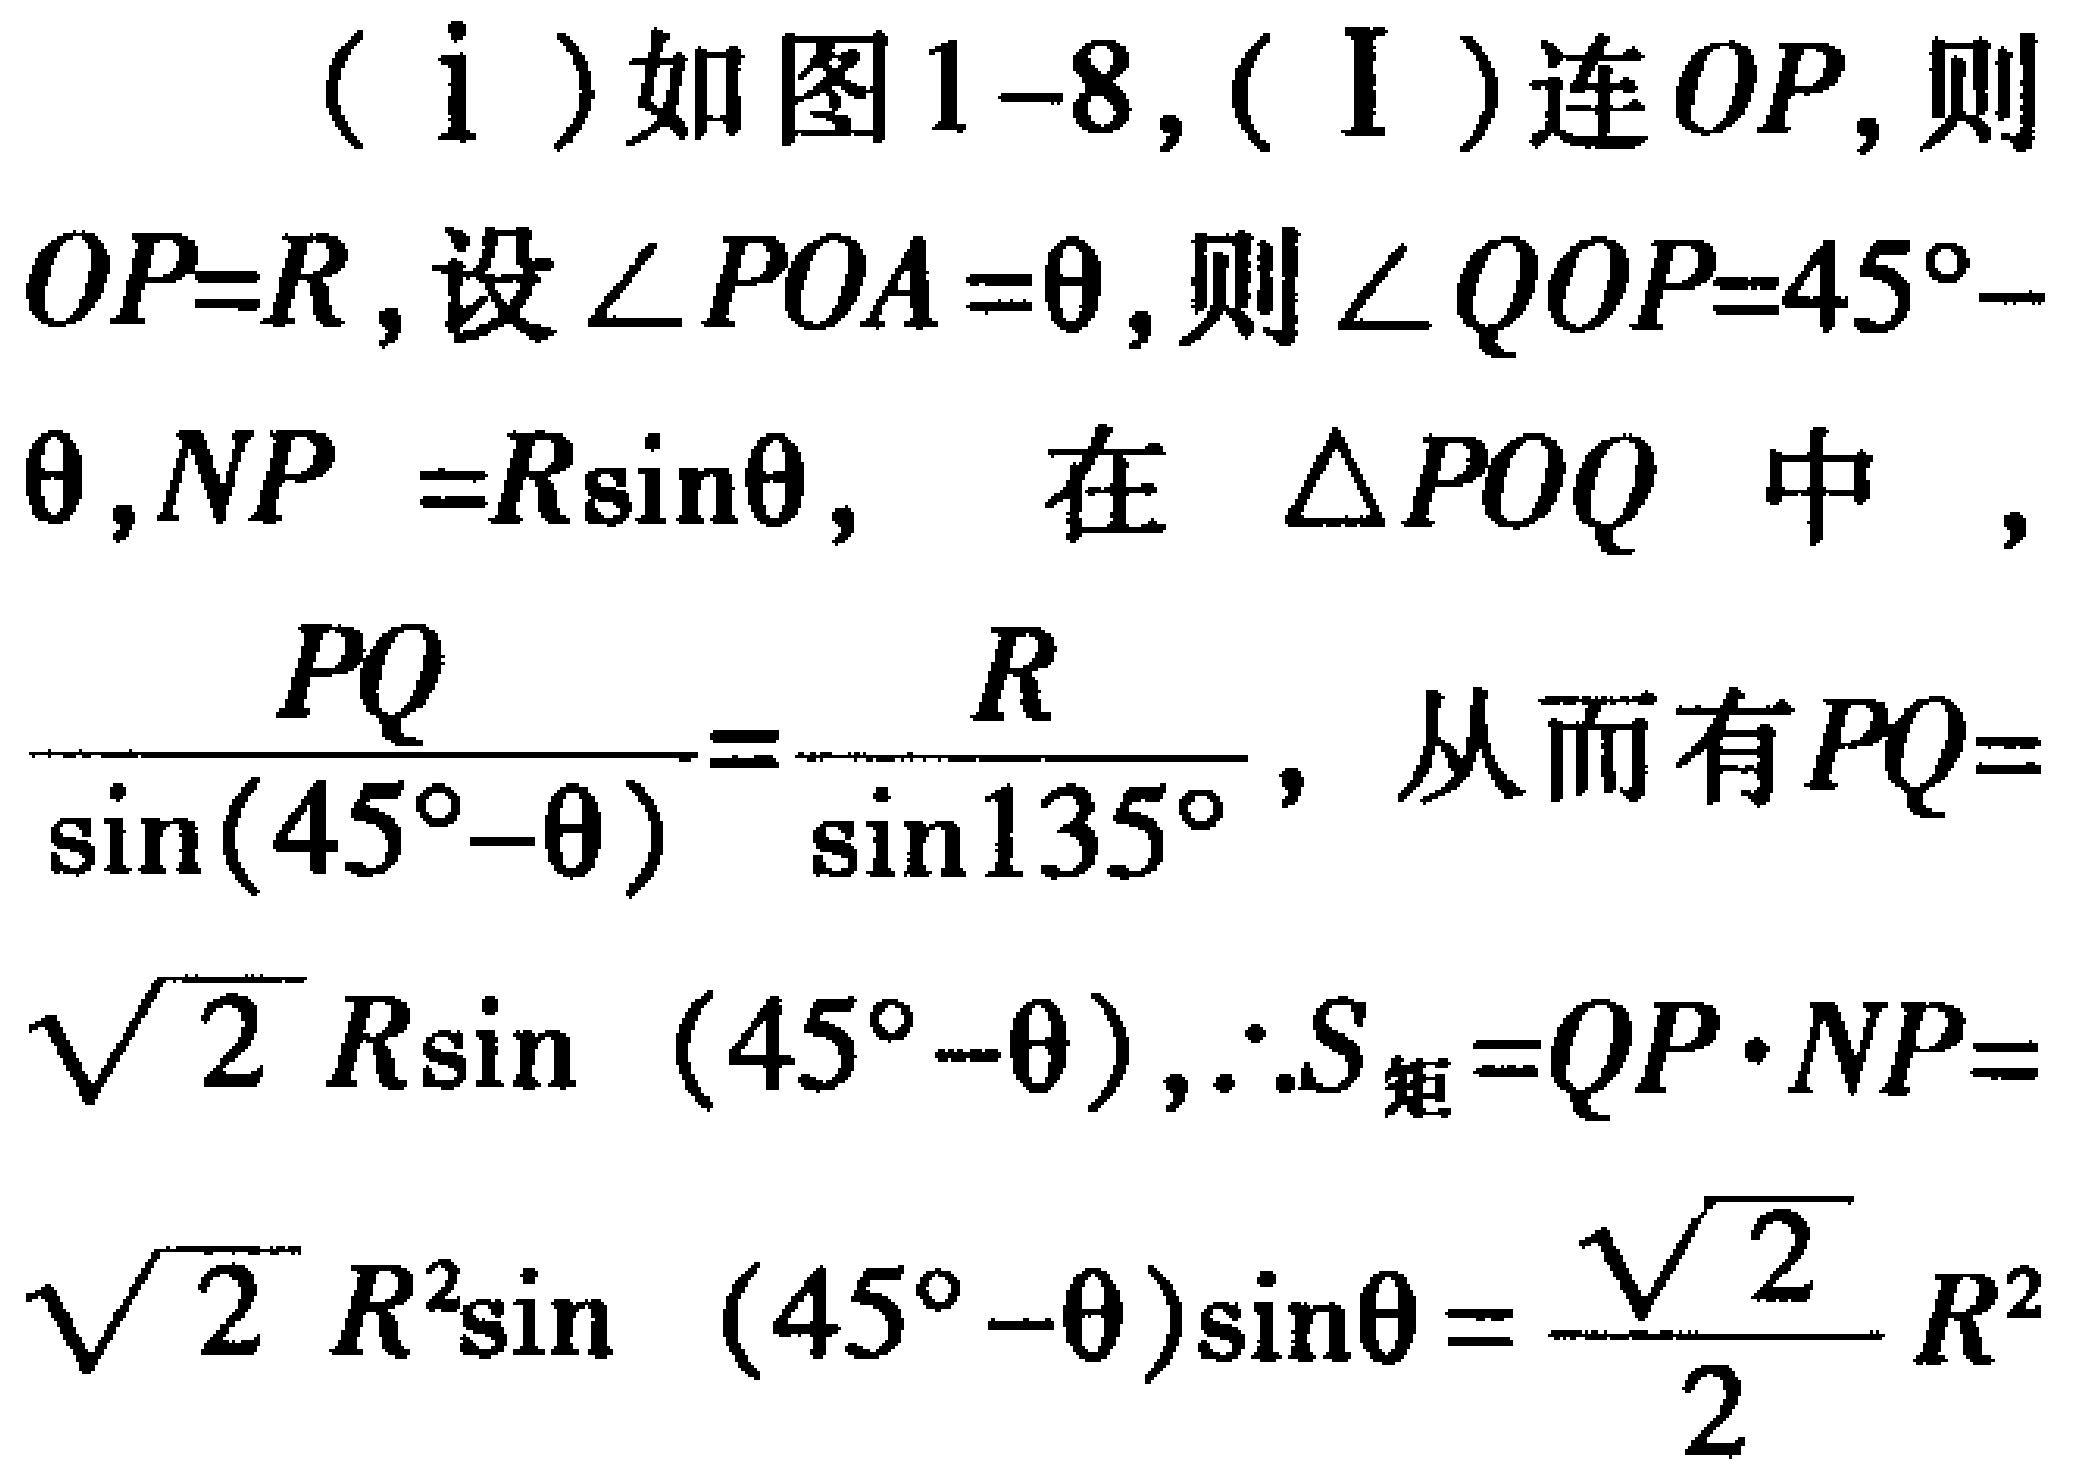
（i）如图1-8,（I）连\(OP\)，则\(OP = R\)，设\(\angle POA=\theta\)，则\(\angle QOP = 45^{\circ}-\theta\)，\(NP = R\sin\theta\)，在\(\triangle POQ\)中，\(\frac{PQ}{\sin(45^{\circ}-\theta)}=\frac{R}{\sin135^{\circ}}\)，从而有\(PQ = \sqrt{2}R\sin(45^{\circ}-\theta)\)，\(\therefore S_{矩}=QP\cdot NP=\sqrt{2}R^{2}\sin(45^{\circ}-\theta)\sin\theta=\frac{\sqrt{2}}{2}R^{2}\)